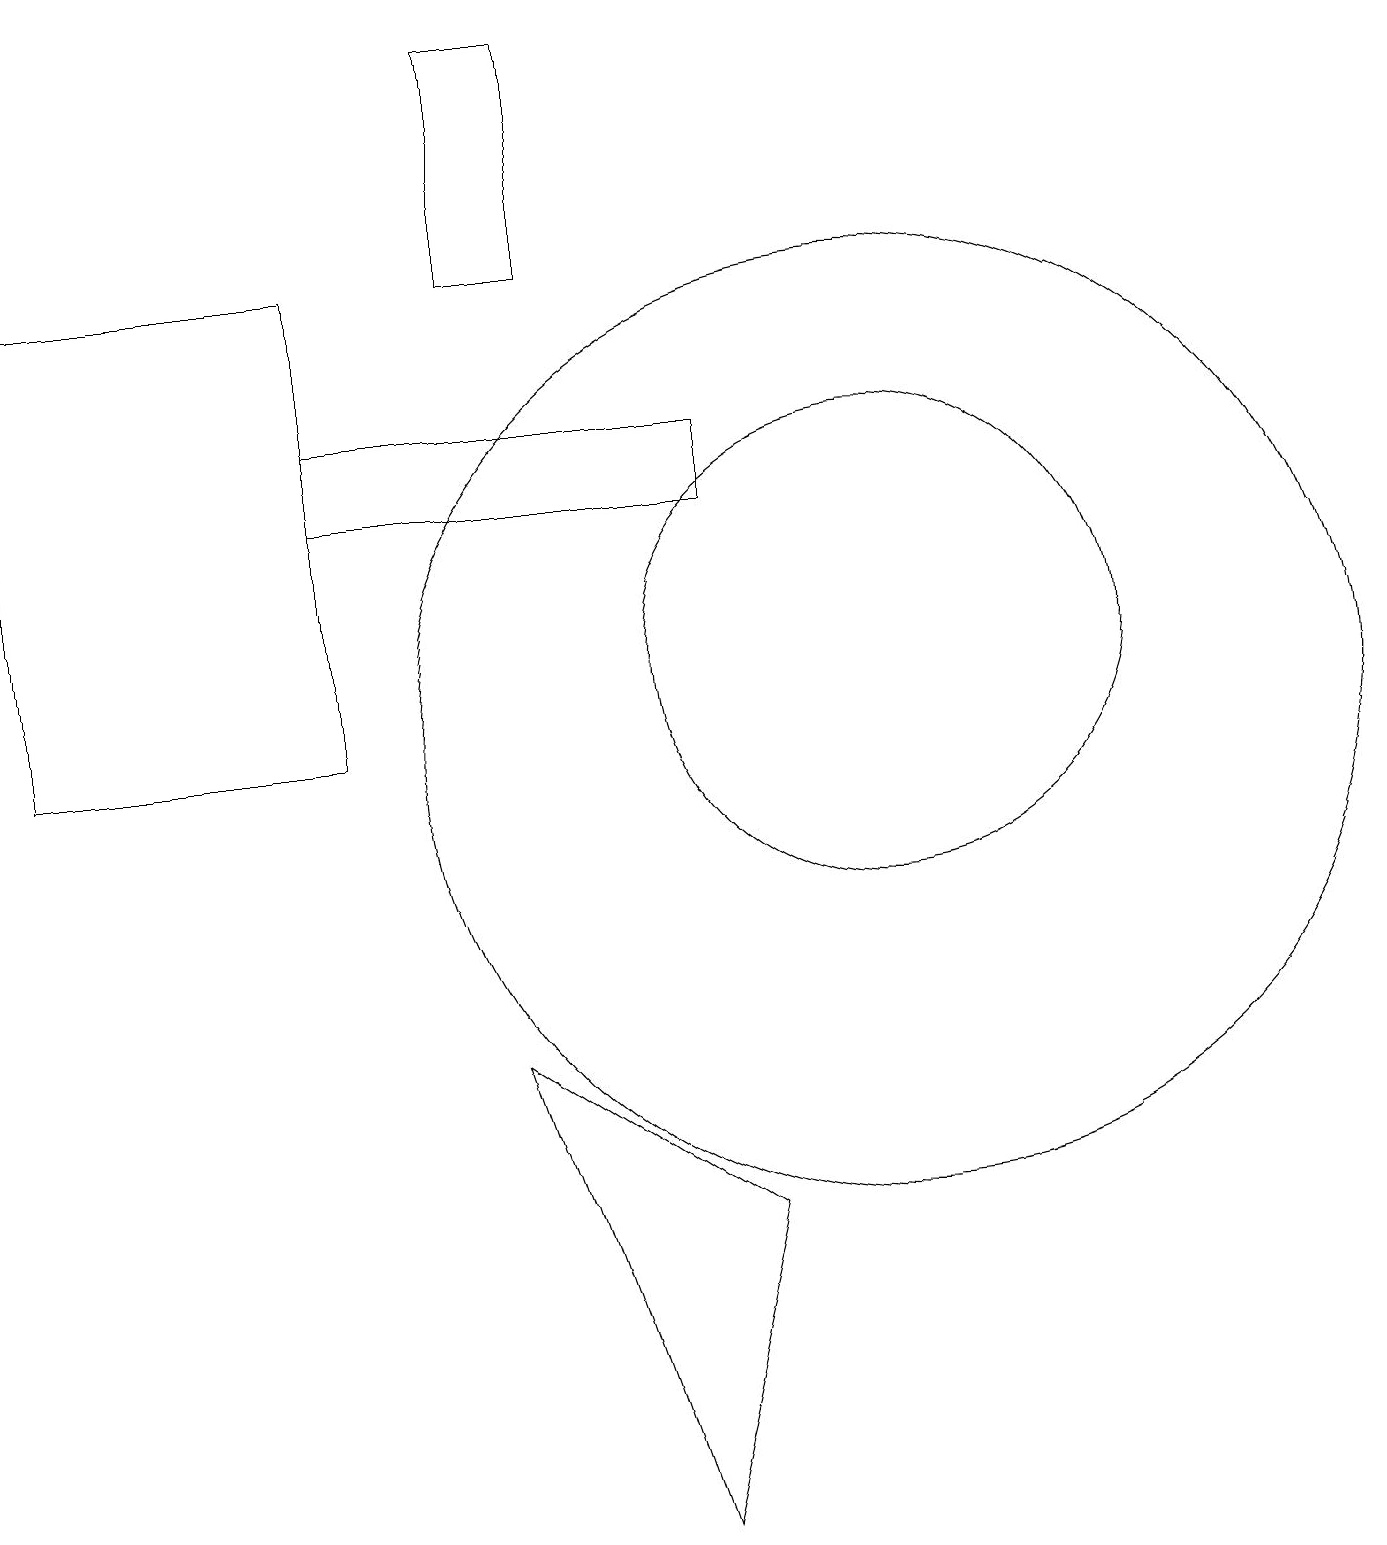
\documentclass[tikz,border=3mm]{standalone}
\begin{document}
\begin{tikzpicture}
\draw (8,0) -- (6,6) -- (9,4) -- cycle;
\draw (11,11) circle (3);
\draw (11,10) circle (6);
\draw (4,13) rectangle (9,14);
\draw (0,10) rectangle (4,16);
\draw (6,19) rectangle (7,16);
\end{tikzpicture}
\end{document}